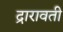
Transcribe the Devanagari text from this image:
द्रारावती